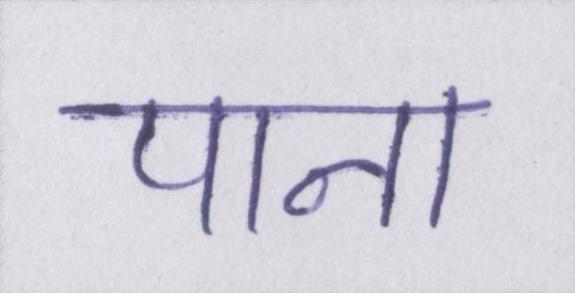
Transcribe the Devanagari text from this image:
पाना